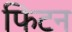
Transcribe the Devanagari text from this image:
फिटन